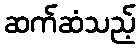
ဆက်ဆံသည့်